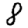
Digit: 8